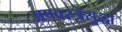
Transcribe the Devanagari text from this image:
अण्वस्त्रेसुद्धा